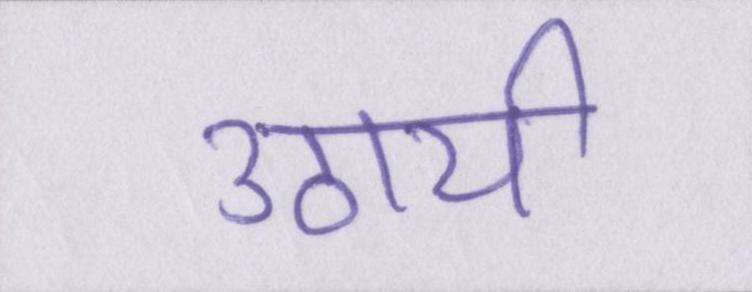
उठायी